Report of the Indian Hemp Drugs Commission, 1894-1895 - Volume V
Year: 1894
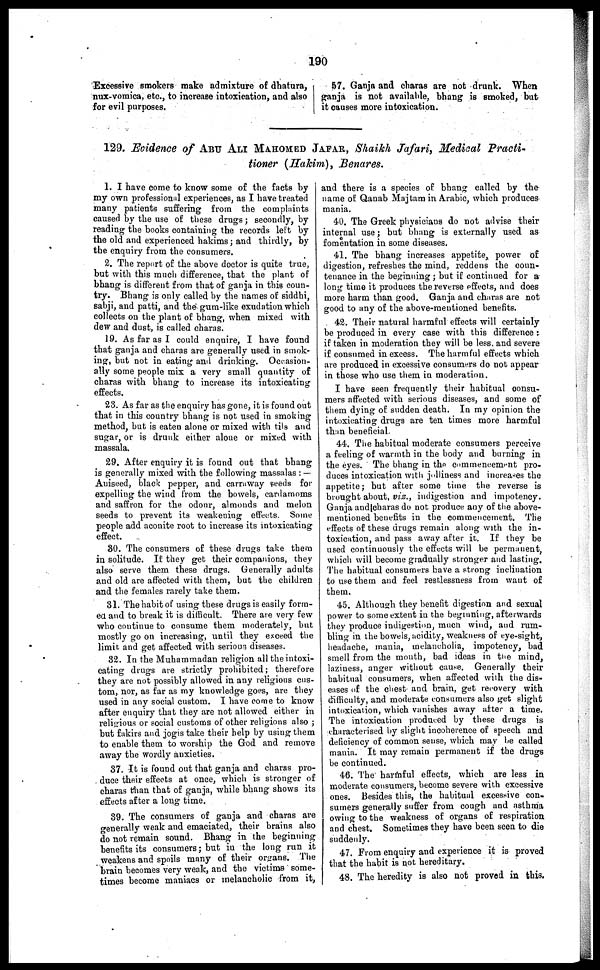
190
Excessive smokers make admixture of dhatura,
nux-vomica, etc, to increase intoxication, and also
for evil purposes.
57. Ganja and charas are not drunk. When
ganja is not available, bhang is smoked, but
it causes more intoxication.
129. Evidence of ABU ALI MAHOMED JAFAR , Shaikh Jafari, Medical Practi-
tioner (Hakim), Benares.
1. I have come to know some of the facts by
my own professional experiences, as I have treated
many patients suffering from the complaints
caused by the use of these drugs; secondly, by
reading the books containing the records left by
the old and experienced hakims; and thirdly, by
the enquiry from the consumers.
2. The report of the above doctor is quite true,
but with this much difference, that the plant of
bhang is different from that of ganja in this coun-
try. Bhang is only called by the names of siddhi,
sabji, and patti, and the gum-like exudation which
collects on the plant of bhang, when mixed with
dew and dust, is called charas.
19. As far as I could enquire, I have found
that ganja and charas are generally used in smok-
ing, but not in eating and drinking. Occasion-
ally some people mix a very small quantity of
charas with bhang to increase its intoxicating
effects.
23. As far as the enquiry has gone, it is found out
that in this country bhang is not used in smoking
method, but is eaten alone or mixed with tils and
sugar, or is drunk either alone or mixed with
massala.
29. After enquiry it is found out that bhang
is generally mixed with the following massalas : —
Aniseed, black pepper, and carraway seeds for
expelling the wind from the bowels, cardamoms
and saffron for the odour, almonds and melon
seeds to prevent its weakening effects. Some
people add aconite root to increase its intoxicating
effect.
30. The consumers of these drugs take them
in solitude. If they get their companions, they
also serve them these drugs. Generally adults
and old are affected with them, but the children
and the females rarely take them.
31. The habit of using these drugs is easily form-
ed and to break it is difficult. There are very few
who continue to consume them moderately, but
mostly go on increasing, until they exceed the
limit and get affected with serious diseases.
32. In the Muhammadan religion all the intoxi-
cating drugs are strictly prohibited; therefore
they are not possibly allowed in any religious cus-
tom, nor, as far as my knowledge goes, are they
used in any social custom. I have come to know
after enquiry that they are not allowed either in
religious or social customs of other religions also ;
but fakirs and jogis take their help by using them
to enable them to worship the God and remove
away the wordly anxieties.
37. It is found out that ganja and charas pro-
duce their effects at once, which is stronger of
charas than that of ganja, while bhang shows its
effects after a long time.
39. The consumers of ganja and charas are
generally weak and emaciated, their brains also
do not remain sound. Bhang in the beginning
benefits its consumers; but in the long run it
weakens and spoils many of their organs. The
brain becomes very weak, and the victims some-
times become maniacs or melancholic from it,
and there is a species of bhang called by the
name of Qanab Majtam in Arabic, which produces
mania.
40. The Greek physicians do not advise their
internal use; but bhang is externally used as
fomentation in some diseases.
41. The bhang increases appetite, power of
digestion, refreshes the mind, reddens the coun-
tenance in the beginning; but if continued for a
long time it produces the reverse effects, and does
more harm than good. Ganja and charas are not
good to any of the above-mentioned benefits.
42. Their natural harmful effects will certainly
be produced in every case with this difference :
if taken in moderation they will be less and severe
if consumed in excess. The harmful effects which
are produced in excessive consumers do not appear
in those who use them in moderation.
I have seen frequently their habitual consu-
mers affected with serious diseases, and some of
them dying of sudden death. In my opinion the
intoxicating drugs are ten times more harmful
than beneficial.
44. The habitual moderate consumers perceive
a feeling of warmth in the body and burning in
the eyes. The bhang in the commencement pro-
duces intoxication with jolliness and increases the
appetite; but after some time the reverse is
brought about, viz., indigestion and impotency.
Ganja and charas do not produce any of the above-
mentioned benefits in the commencement. The
effects of these drugs remain along with the in-
toxication, and pass away after it. If they be
used continuously the effects will be permanent,
which will become gradually stronger and lasting.
The habitual consumers have a strong inclination
to use them and feel restlessness from want of
them,
45. Although they benefit digestion and sexual
power to some extent in the beginning, afterwards
they produce indigestion, much wind, and rum-
bling in the bowels, acidity, weakness of eye-sight,
headache, mania, melancholia, impotency, bad
smell from the mouth, bad ideas in the mind,
laziness, anger without cause. Generally their
habitual consumers, when affected with the dis-
eases of the chest and brain, get recovery with
difficulty, and moderate consumers also get slight
intoxication, which vanishes away after a time.
The intoxication produced by these drugs is
characterised by slight incoherence of speech and
deficiency of common sense, which may be called
mania. It may remain permanent if the drugs
be continued.
46. The harmful effects, which are less in
moderate consumers, become severe with excessive
ones. Besides this, the habitual excessive con-
sumers generally suffer from cough and asthma
owing to the weakness of organs of respiration
and chest. Sometimes they have been seen to die
suddenly.
47. From enquiry and experience it is proved
that the habit is not hereditary.
48. The heredity is also not proved in this.